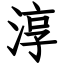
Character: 淳